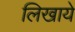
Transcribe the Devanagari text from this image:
लिखाये